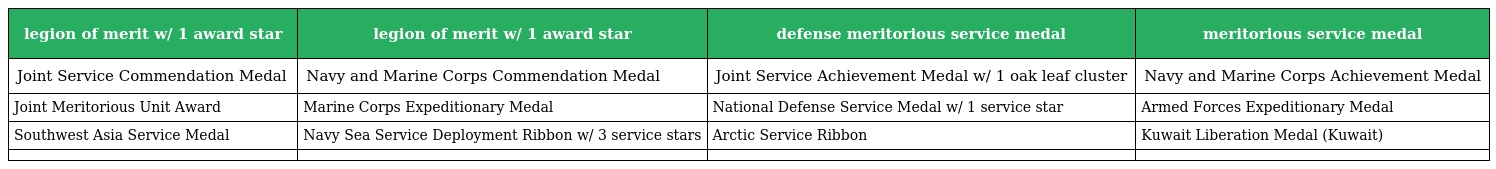
| legion of merit w/ 1 award star | legion of merit w/ 1 award star | defense meritorious service medal | meritorious service medal |
 | --- | --- | --- | --- |
 | Joint Service Commendation Medal | Navy and Marine Corps Commendation Medal | Joint Service Achievement Medal w/ 1 oak leaf cluster | Navy and Marine Corps Achievement Medal |
 | Joint Meritorious Unit Award | Marine Corps Expeditionary Medal | National Defense Service Medal w/ 1 service star | Armed Forces Expeditionary Medal |
 | Southwest Asia Service Medal | Navy Sea Service Deployment Ribbon w/ 3 service stars | Arctic Service Ribbon | Kuwait Liberation Medal (Kuwait) |
 |  |  |  |  |